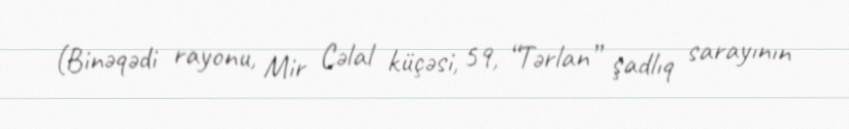
(Binəqədi rayonu, Mir Cəlal küçəsi, 59, “Tərlan” şadlıq sarayının